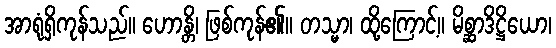
အာရုံရှိကုန်သည်။ ဟောန္တိ၊ ဖြစ်ကုန်၏။ တသ္မာ၊ ထို့ကြောင့်။ မိစ္ဆာဒိဋ္ဌိယော၊